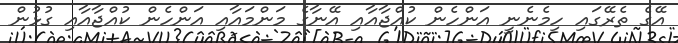
އޭގެ ތެރޭގައި ހިމެނެނީ އަންހެން ކުއްޖާއާއި އޭނާގެ މަންމައާއި އަންހެން ކުއްޖާއާއި ގުޅުން